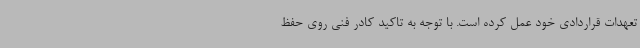
تعهدات قراردادی خود عمل کرده است. با توجه به تاکید کادر فنی روی حفظ